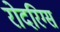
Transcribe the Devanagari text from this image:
रोदरिग्स